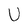
Character: U